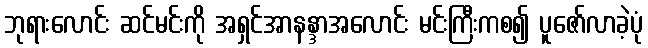
ဘုရားလောင်း ဆင်မင်းကို အရှင်အာနန္ဒာအလောင်း မင်းကြီးကစ၍ ပူဇော်လာခဲ့ပုံ